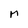
Character: M